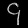
Digit: ၄